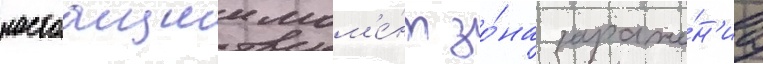
настоащии мом'е́нт зо́на зараже́н'иа